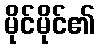
မိုင်မိုင်၏